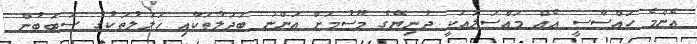
އެންމެ ހައްސާސީ އެއް މައްސަލައަކީ ދުނިޔޭގެ މޫސުމަށް އަންނަ ބަދަލުތަކާއި ޚަލަލުތަކުގެ ސަބަބުން